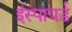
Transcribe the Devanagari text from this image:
इंस्पायर्ड